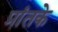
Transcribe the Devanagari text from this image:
प्रांतके